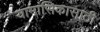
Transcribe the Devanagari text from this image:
यामासिकासाठी